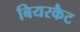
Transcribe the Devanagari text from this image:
बियरकैट